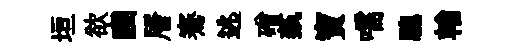
垣欲豳層騫逃磳蓺寶嚅驄輶